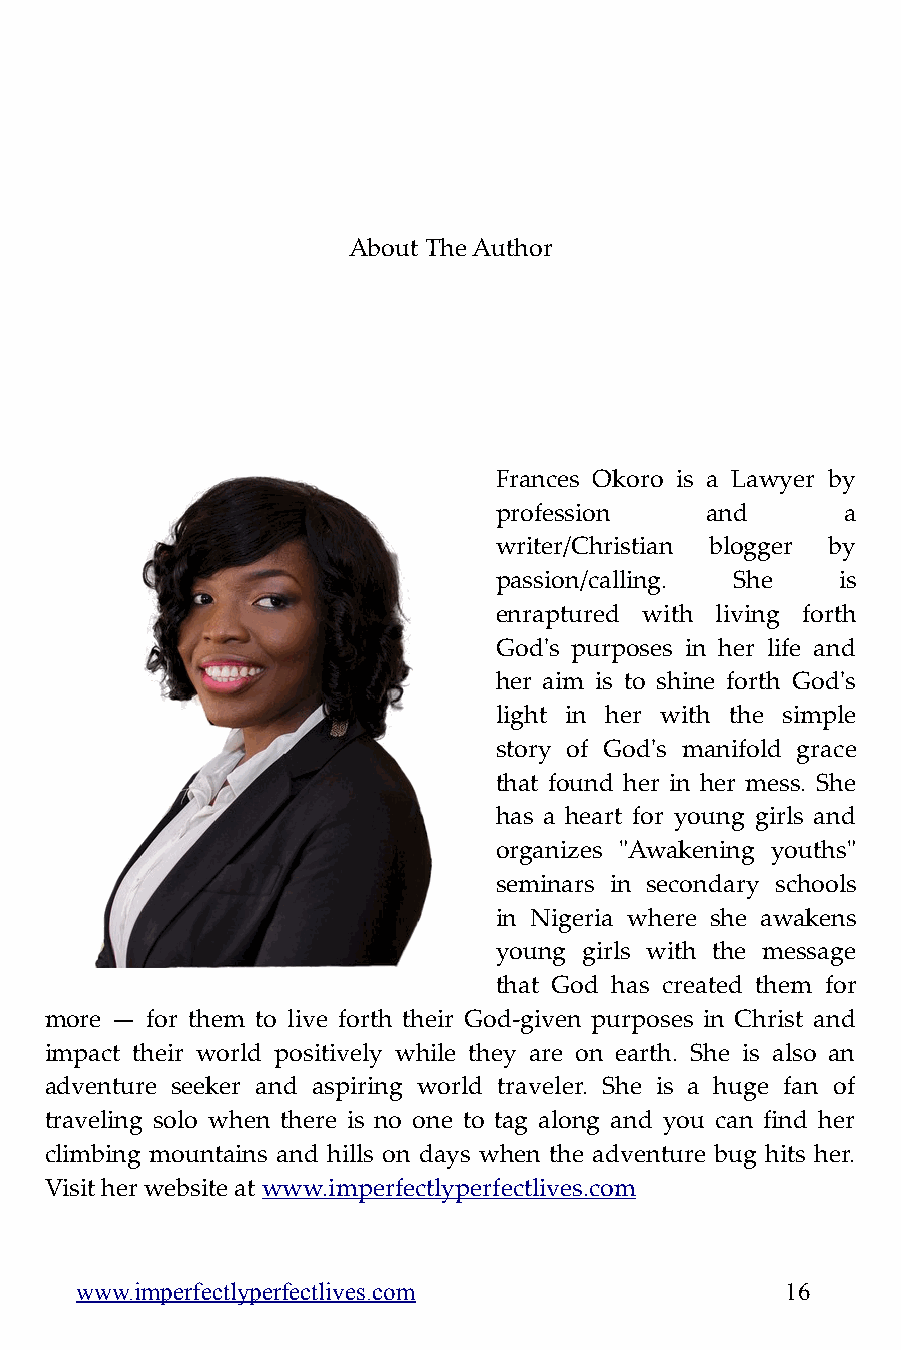
About The Author
 Frances Okoro is a Lawyer by
 profession    and      a
 writer/Christian blogger by
 passion/calling. She  is
 enraptured with living forth
 God's purposes in her life and
 her aim is to shine forth God's
 light in her with the simple
 story of God's manifold grace
 that found her in her mess. She
 has a heart for young girls and
 organizes "Awakening youths"
 seminars in secondary schools
 in Nigeria where she awakens
 young girls with the message
 that God has created them for
 more — for them to live forth their God-given purposes in Christ and
 impact their world positively while they are on earth. She is also an
 adventure seeker and aspiring world traveler. She is a huge fan of
 traveling solo when there is no one to tag along and you can find her
 climbing mountains and hills on days when the adventure bug hits her.
 Visit her website at www.imperfectlyperfectlives.com
 www.imperfectlyperfectlives.com                16